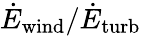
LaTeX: \dot{E}_{\mathrm{wind}}/\dot{E}_{\mathrm{turb}}